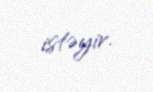
istəyir.